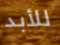
للأبد